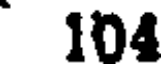
104